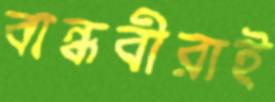
বান্ধবীরাই